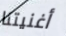
أغنيتنا